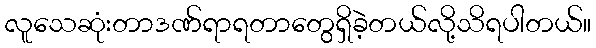
လူသေဆုံးတာဒဏ်ရာရတာတွေရှိခဲ့တယ်လို့သိရပါတယ်။